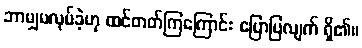
ဘာမျှမလုပ်ခဲ့ဟု ထင်တတ်ကြကြောင်း ပြောပြလျက် ရှိ၏။